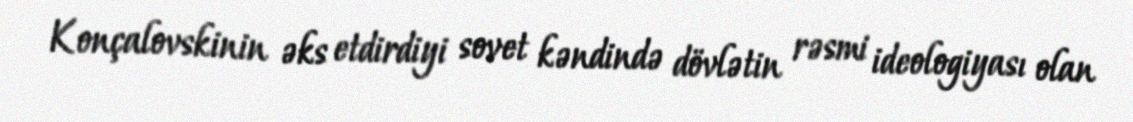
Konçalovskinin əks etdirdiyi sovet kəndində dövlətin rəsmi ideologiyası olan